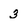
Character: 3